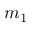
m _ { 1 }